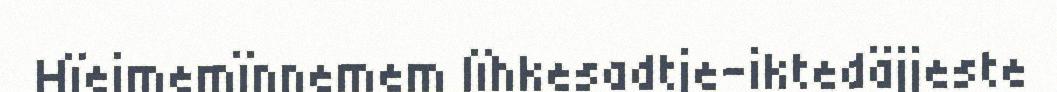
Hïejmemïnnemem lïhkesadtje-iktedäjjeste